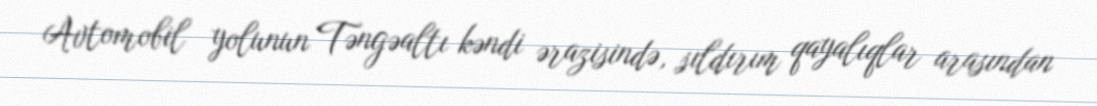
Avtomobil yolunun Təngəaltı kəndi ərazisində, sıldırım qayalıqlar arasından